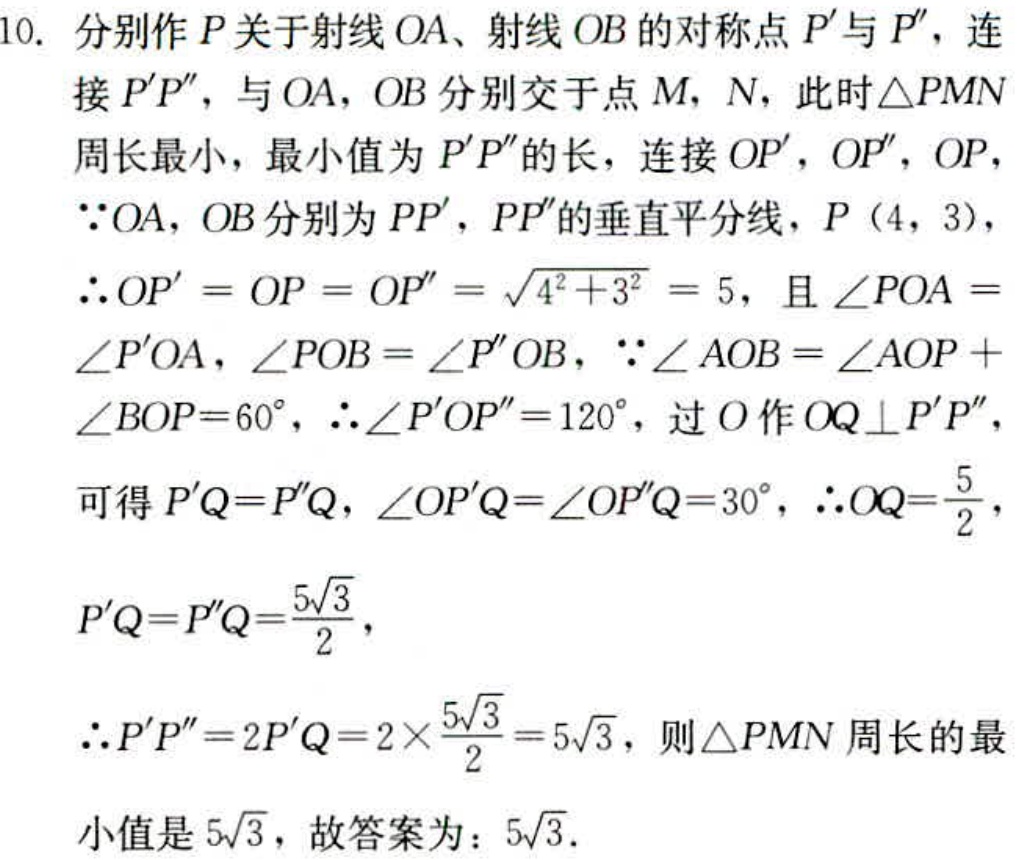
10. 分别作 \(P\) 关于射线 \(OA\)、射线 \(OB\) 的对称点 \(P'\) 与 \(P''\)，连接 \(P'P''\)，与 \(OA\)，\(OB\) 分别交于点 \(M\)，\(N\)，此时 \(\triangle PMN\) 周长最小，最小值为 \(P'P''\) 的长，连接 \(OP'\)，\(OP''\)，\(OP\)，
\(\because OA\)，\(OB\) 分别为 \(PP'\)，\(PP''\) 的垂直平分线，\(P(4,3)\)，
\(\therefore OP' = OP = OP'' = \sqrt{4^{2}+3^{2}} = 5\)，且 \(\angle POA = \angle P'OA\)，\(\angle POB = \angle P''OB\)，\(\because \angle AOB=\angle AOP + \angle BOP = 60^{\circ}\)，\(\therefore \angle P'OP'' = 120^{\circ}\)，过 \(O\) 作 \(OQ\perp P'P''\)，
可得 \(P'Q = P''Q\)，\(\angle OP'Q=\angle OP''Q = 30^{\circ}\)，\(\therefore OQ=\frac{5}{2}\)，
\(P'Q = P''Q=\frac{5\sqrt{3}}{2}\)，
\(\therefore P'P'' = 2P'Q = 2\times\frac{5\sqrt{3}}{2}=5\sqrt{3}\)，则 \(\triangle PMN\) 周长的最
小值是 \(5\sqrt{3}\)，故答案为：\(5\sqrt{3}\).